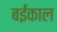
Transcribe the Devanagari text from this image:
बईकाल